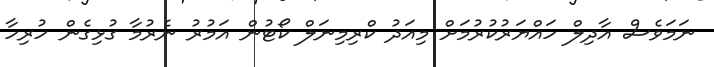
ނަމަވެސް އާދިލް ހައްޔަރުކުރުމަށް މިއަދު ކްރިމިނަލް ކޯޓުން އަމުރު ނެރުމާ ގުޅިގެން ހުރިހާ